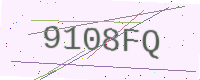
Text: 9108FQ